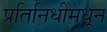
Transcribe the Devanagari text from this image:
प्रतिनिधींमधून